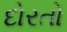
દોરતો